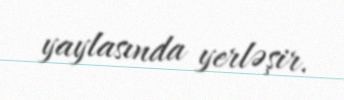
yaylasında yerləşir.